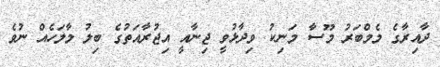
ދާއިރާގެ މެމްބަރު މޫސާ މަނިކު ވިދާޅުވީ ޖިނާއީ އިޖުރާއަތުގެ ބިލު މާލަހެއް ނުވެ